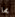
بما